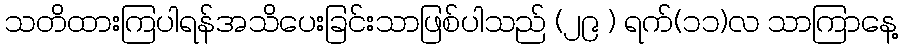
သတိထားကြပါရန်အသိပေးခြင်းသာဖြစ်ပါသည် (၂၉ ) ရက်(၁၁)လ သာကြာနေ့